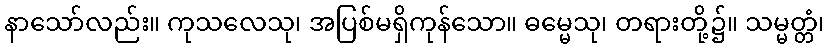
နာသော်လည်း။ ကုသလေသု၊ အပြစ်မရှိကုန်သော။ ဓမ္မေသု၊ တရားတို့၌။ သမ္မတ္တံ၊